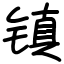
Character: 镇